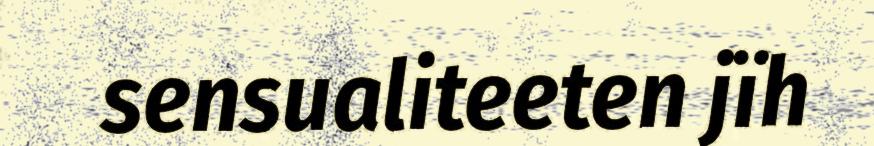
sensualiteeten jïh